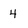
Character: 4